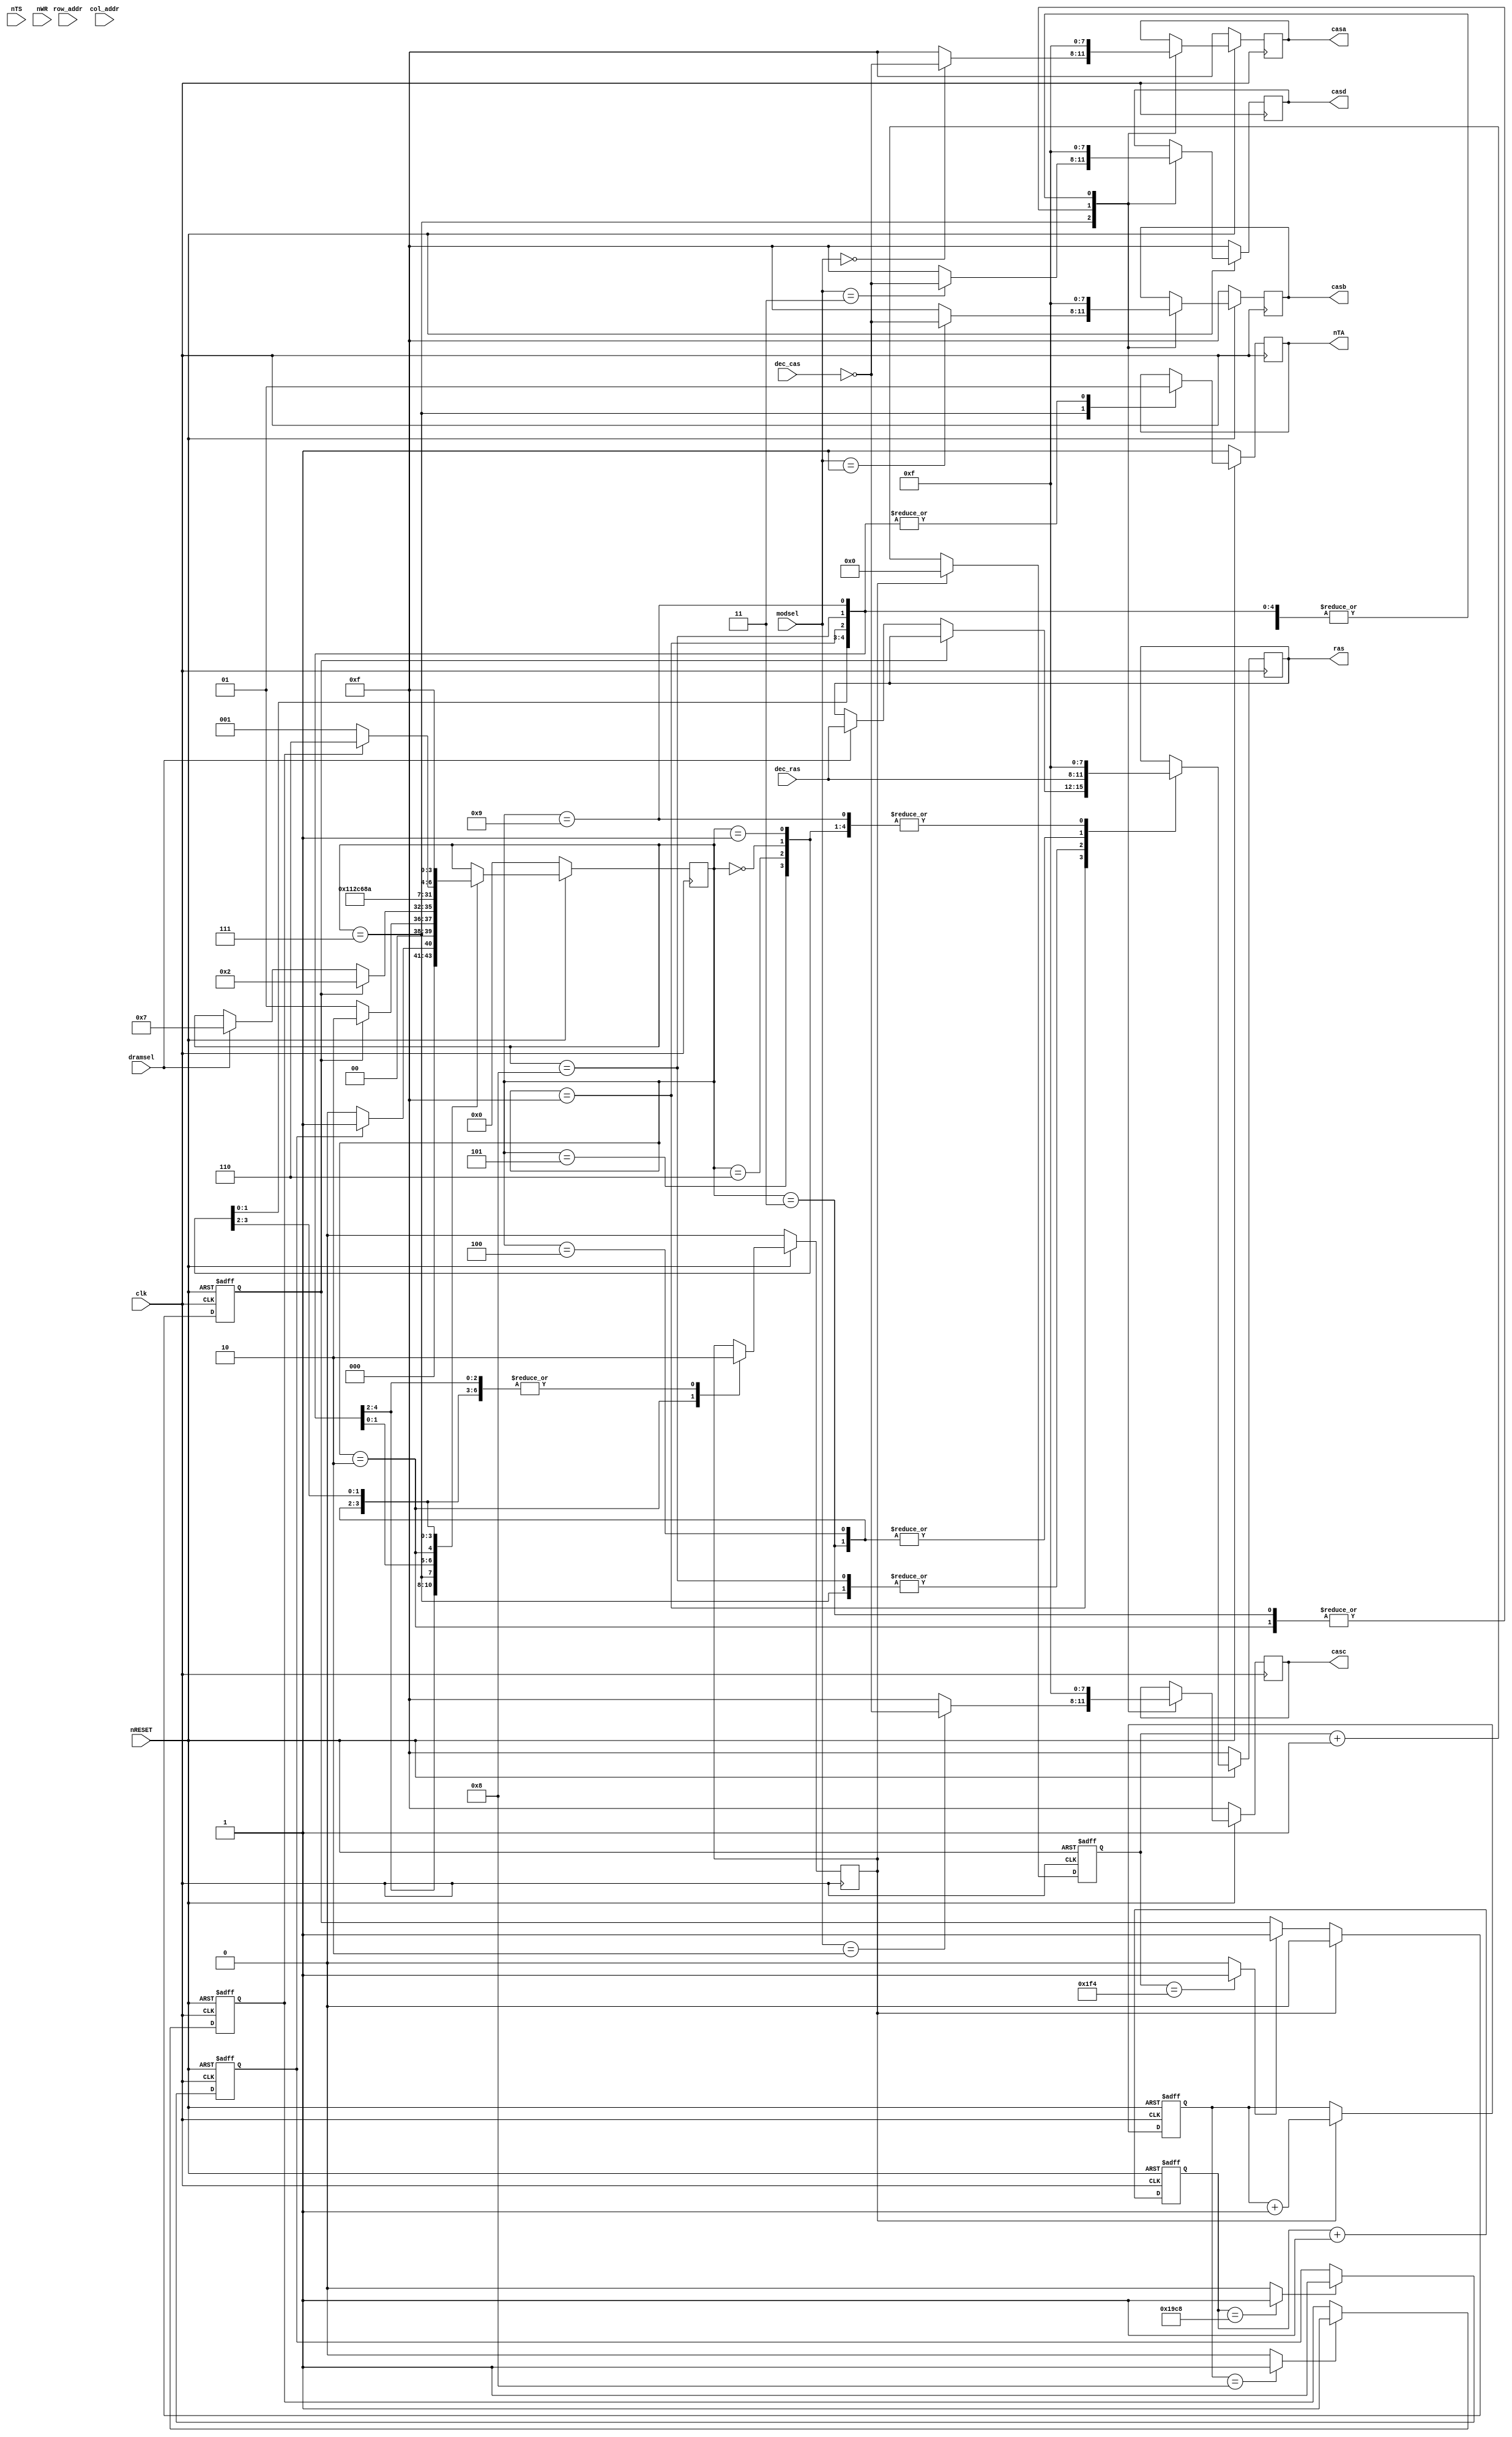
module sm(
	input clk,
	input nRESET,

	input		dramsel,	// From decoder.v

	input	[11:0]	row_addr,	// Input row and column addresses, these
	input	[11:0]	col_addr,	// will get copied to internal registers
					// on transfer start to facilitate
					// advancing column addresses for
					// burst transfers.
	input	[3:0]	dec_ras,
	input	[3:0]	dec_cas,
	input	[1:0]	modsel,

//	output	[11:0]	m_addr,		// Multiplexed DRAM address bus
	output	[3:0]	ras,		// Shared CAS lines
	output	[3:0]	casa,		// Module 0 RAS lines
	output	[3:0]	casb,		// Module 0 RAS lines
	output	[3:0]	casc,		// Module 0 RAS lines
	output	[3:0]	casd,		// Module 0 RAS lines

	// 68040 signals
	input		nTS,		// Transfer start
	output		nTA,		// Transfer acknowledge
	input		nWR		// Write enable

);

reg	[11:0]	m_addr;
reg	[3:0]	ras;
reg	[3:0]	casa;
reg	[3:0]	casb;
reg	[3:0]	casc;
reg	[3:0]	casd;
reg		nTA;

// internal signals
reg		rcsel;		// Mux selector, 0 = row, 1 = column
reg [11:0]	col_buf;

reg		refreq;		// Refresh request
wire		reftimer;	// Refresh counter equals limit
reg [8:0]	refc;		// Refresh counter
reg		refack;		// Refresh Acknowledge

reg [3:0]	initrefc;	// To count 8 init refresh cycles
wire		initreftimer;	// Init refresh cycle counter equals limit
reg		initrefdone;	// Indicates that 8 refreshes done

reg [12:0]	initc;		// Initialization counter
wire		inittimer;	// Init counter equals limit
reg		initdone;	// Initialization is done (stays 1 after inittimer goes high)

reg [3:0]	state, nstate;	// Current state, next state

// states
parameter [3:0] init0	= 4'b0000;	// Wait for 200us init delay
parameter [3:0]	init1	= 4'b0001;	// Wait for 8 refresh cycles
parameter [3:0] cbr1	= 4'b0010;
parameter [3:0] cbr2	= 4'b0011;
parameter [3:0] cbr3	= 4'b0100;
parameter [3:0] cbr4	= 4'b0101;
parameter [3:0] prechg	= 4'b0110;
parameter [3:0] rw1	= 4'b0111;
parameter [3:0] rw2	= 4'b1000;
parameter [3:0] rw3	= 4'b1001;
parameter [3:0] page1	= 4'b1010;
parameter [3:0] page2	= 4'b1011;
parameter [3:0] page3	= 4'b1100;
parameter [3:0] dummyB	= 4'b1101;
parameter [3:0] dummyC	= 4'b1110;
parameter [3:0] idle	= 4'b1111;

always @(posedge clk) begin
	if (~nRESET) begin
		state	<= init0;
		refack	<= 1'b0;
		ras	<= 4'b1111;
		casa	<= 4'b1111;
		casb	<= 4'b1111;
		casc	<= 4'b1111;
		casd	<= 4'b1111;
		m_addr	<= 12'h000;
		nTA	<= 1'b1;
	end
	else
	case (state)
		init0: begin			// Wait for 200us init delay
			ras	<= 4'b1111;
			casa	<= 4'b1111;
			casb	<= 4'b1111;
			casc	<= 4'b1111;
			casd	<= 4'b1111;
			refack <= 1'b0;
			nTA	<= 1'b1;
			rcsel	<= 1'b0;
			state	<= init0;
			if (initdone == 1'b1) begin
				ras	<= 4'b1111;
				casa	<= 4'b1111;
				casb	<= 4'b1111;
				casc	<= 4'b1111;
				casd	<= 4'b1111;
				nTA	<= 1'b1;
				refack <= 1'b0;
				rcsel	<= 1'b0;
				state	<= init1;
			end
		end

		init1: begin			// Wait for 8 refresh cycles
			ras	<= 4'b1111;
			casa	<= 4'b1111;
			casb	<= 4'b1111;
			casc	<= 4'b1111;
			casd	<= 4'b1111;
			nTA	<= 1'b1;
			refack <= 1'b0;
			rcsel	<= 1'b0;
			state	<= init1;
//			if (initrefdone == 1'b1) begin
//				state	<= idle;
//			end
//			else if (refreq == 1'b1)
			if (refreq == 1'b1)
				state	<= cbr1;
		end

		idle: begin
			casa	<= 4'b1111;
			casb	<= 4'b1111;
			casc	<= 4'b1111;
			casd	<= 4'b1111;
			nTA	<= 1'b1;
			refack <= 1'b0;
			rcsel	<= 1'b0;

			if (refreq == 1'b1) begin
				state	<= cbr1;
			end
			else begin
				if (dramsel == 1'b1) begin
					ras	<= dec_ras;
					state	<= rw1;
				end
			end
		end

		rw1: begin			// DRAM access start
			ras	<= dec_ras;
			casa	<= (modsel == 2'd0) ? ~dec_cas : 4'b1111;
			casb	<= (modsel == 2'd1) ? ~dec_cas : 4'b1111;
			casc	<= (modsel == 2'd2) ? ~dec_cas : 4'b1111;
			casd	<= (modsel == 2'd3) ? ~dec_cas : 4'b1111;
			nTA	<= 1'b0;	// Transfer Ack after 1 wait state
			state	<= rw2;
		end
		rw2: begin			// TA is sampled here
			ras	<= dec_ras;
			casa	<= 4'b1111;
			casb	<= 4'b1111;
			casc	<= 4'b1111;
			casd	<= 4'b1111;
			nTA	<= 1'b1;
			state	<= rw3;
		end
		rw3: begin			// Read data sampled here
			casa	<= 4'b1111;	// Data is written to DRAM on
			casb	<= 4'b1111;	// rising edge of CAS
			casc	<= 4'b1111;
			casd	<= 4'b1111;
			/*
			// TODO: Implement page hit
			if (pagehit) begin
				ns	<= page1;
				a_ta	<= 1'b0;
				//...
			end else begin
			*/
			ras	<= 4'b1111;
			nTA	<= 1'b1;
			state	<= prechg;
			//end
		end

		cbr1: begin			// CAS before RAS refresh start
			casa	<= 4'b0000;	// Assert all the CASs
			casb	<= 4'b0000;
			casc	<= 4'b0000;
			casd	<= 4'b0000;
			ras	<= 4'b1111;
			refack <= 1'b1;
			state	<= cbr2;
		end
		cbr2: begin
			casa	<= 4'b0000;
			casb	<= 4'b0000;
			casc	<= 4'b0000;
			casd	<= 4'b0000;
			ras	<= 4'b0000;	// Next, assert RAS
			refack <= 1'b0;
			state	<= cbr3;
		end
		cbr3: begin
			casa	<= 4'b1111;	// Un-assert all the CASs
			casb	<= 4'b1111;
			casc	<= 4'b1111;
			casd	<= 4'b1111;
			ras	<= 4'b0000;
			refack <= 1'b0;
			state	<= cbr4;
		end
		cbr4: begin
			casa	<= 4'b1111;
			casb	<= 4'b1111;
			casc	<= 4'b1111;
			casd	<= 4'b1111;
			ras	<= 4'b1111;	// Un-assert RAS
			refack <= 1'b0;
			if (~initrefdone)
				state <= init1;
			else
				state	<= prechg;
		end

		prechg: begin
			casa	<= 4'b1111;
			casb	<= 4'b1111;
			casc	<= 4'b1111;
			casd	<= 4'b1111;
			ras	<= 4'b1111;
			refack <= 1'b0;
			state	<= idle;
		end
	endcase
end

// ---------------------------
//   initialization timer
//   13 bits - 200us interval
// ---------------------------
always @(negedge clk or negedge nRESET) begin
	if (~nRESET)
		initc	<= 13'd0;
	else begin
		initc	<= initc + 1;
	end
end
// 33MHz input clock = 30.303ns/cycle
// DRAM Datasheet wants 200us after powerup for initialization
// 200us / 30.303ns = 6600
assign inittimer = ( initc == 13'd6600 ) ? 1'b1 : 1'b0;

always @(negedge clk or negedge nRESET) begin
	if (~nRESET)
		initdone <= 1'b0;
	else begin
		if (inittimer)
			initdone <= 1'b1;
	end
end

// --------------------------------------
//   init refresh counter
//   4 bits - 8 refresh cycles interval
// --------------------------------------
assign initreftimer = (initrefc == 4'd8 ) ? 1'b1 : 1'b0;

always @(negedge clk or negedge nRESET) begin
	if (~nRESET) begin
		initrefdone <= 1'b0;
	end
	else
		if (initreftimer == 1'b1)
			initrefdone <= 1'b1;
end

// ---------------------------
//   refresh counter
//   9 bits - 15us interval
// ---------------------------
always @(negedge clk or negedge nRESET) begin
	if (~nRESET) begin
		refc <= 9'b0;
		initrefc    <= 4'b0000;
	end
	else begin
		if (refack == 1'b1) begin
			refc <= 9'b0;
			initrefc <= initrefc + 1;
		end
		else
			refc <= refc + 1;
	end
end
// 33MHz input clock = 30.303ns/cycle
// 4096 RAS before CAS refreshes to do per 64ms
// 64ms / 4096 = 15.6us
// 500 cycles * 30.303ns = 15.151us (less than 15.6us)
assign reftimer = ( refc == 9'b1_1111_0100 ) ? 1'b1 : 1'b0;

// Synchronously set refreq to 1 if reftimer, and to 0 if refack
always @(negedge clk or negedge nRESET) begin
	if (~nRESET)
		refreq <= 1'b0;
	else begin
		if (refack == 1'b1)
			refreq <= 1'b0;
		else begin
			if (reftimer)
				refreq <= 1'b1;
		end
	end
end

endmodule